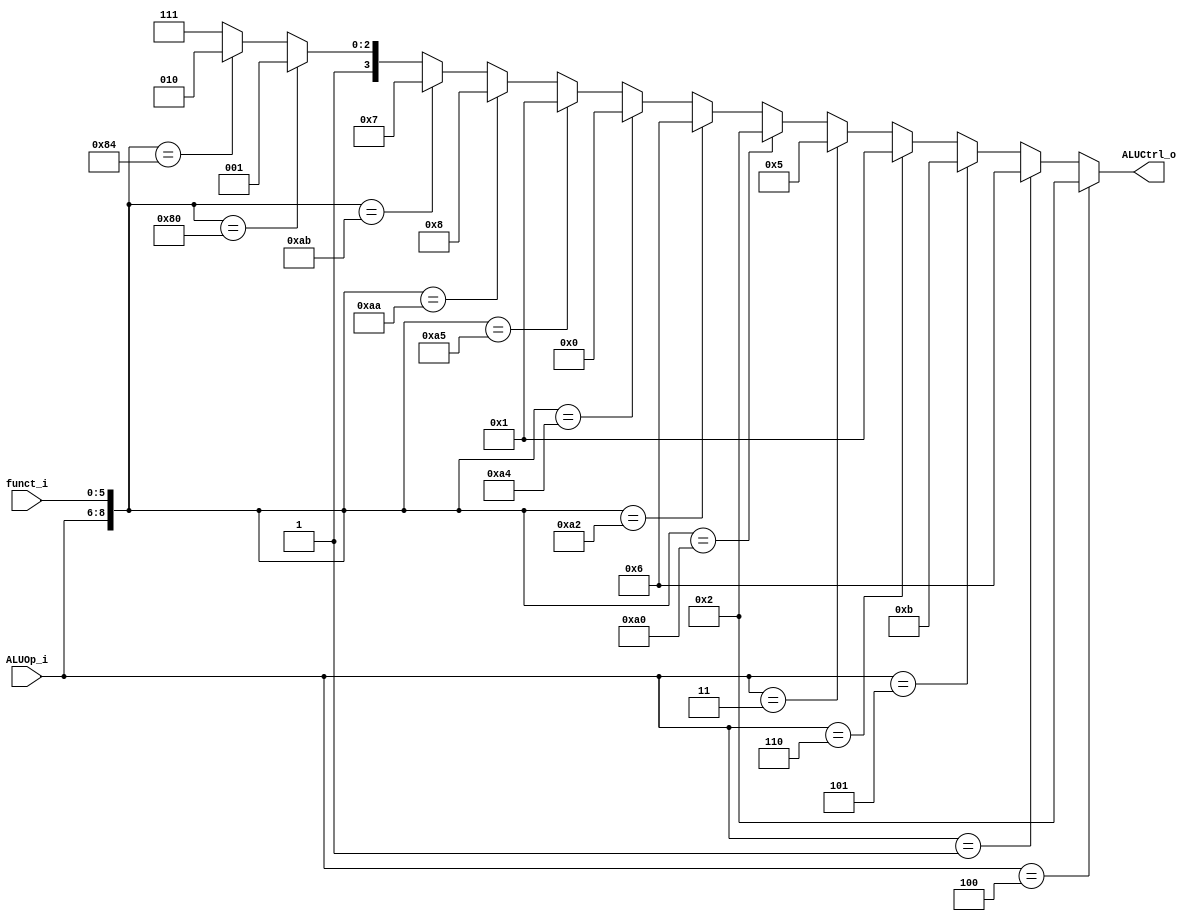
//Subject:     CO project 2 - ALU Controller
//--------------------------------------------------------------------------------
//Version:     1
//--------------------------------------------------------------------------------
//Writer:      0416021 0416246
//----------------------------------------------
//Date:        
//----------------------------------------------
//Description: 
//--------------------------------------------------------------------------------

module ALU_Ctrl(
          funct_i,
          ALUOp_i,
          ALUCtrl_o
          );
          
//I/O ports 
input      [6-1:0] funct_i;
input      [3-1:0] ALUOp_i;

output     [4-1:0] ALUCtrl_o;    
     
//Internal Signals
reg        [4-1:0] ALUCtrl_o;

//Parameter

       
//Select exact operation
always@( * )
begin
	if(ALUOp_i == 3'b100) ALUCtrl_o = 4'b0010; //addi
	else if(ALUOp_i == 3'b001) ALUCtrl_o = 4'b0110; //beq
	else if(ALUOp_i == 3'b101) ALUCtrl_o = 4'b1011; //lui
	else if(ALUOp_i == 3'b110) ALUCtrl_o = 4'b0001; //ori
	else if(ALUOp_i == 3'b011) ALUCtrl_o = 4'b0101; //bne
	else if({ALUOp_i, funct_i} == 9'b010100000) ALUCtrl_o = 4'b0010; //add
	else if({ALUOp_i, funct_i} == 9'b010100010) ALUCtrl_o = 4'b0110; //sub
	else if({ALUOp_i, funct_i} == 9'b010100100) ALUCtrl_o = 4'b0000; //and
	else if({ALUOp_i, funct_i} == 9'b010100101) ALUCtrl_o = 4'b0001; //or
	else if({ALUOp_i, funct_i} == 9'b010101010) ALUCtrl_o = 4'b1000; //slt
	else if({ALUOp_i, funct_i} == 9'b010101011) ALUCtrl_o = 4'b0111; //sltu
	else if({ALUOp_i, funct_i} == 9'b010000000) ALUCtrl_o = 4'b1001; //sll
	else if({ALUOp_i, funct_i} == 9'b010000100) ALUCtrl_o = 4'b1010; //sllv
	else ALUCtrl_o = 4'b1111;
end

endmodule